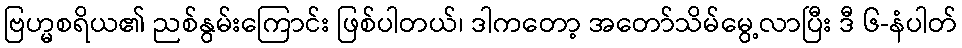
ဗြဟ္မစရိယ၏ ညစ်နွမ်းကြောင်း ဖြစ်ပါတယ်၊ ဒါကတော့ အတော်သိမ်မွေ့လာပြီး ဒီ ၆-နံပါတ်